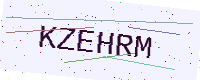
Text: KZEHRM